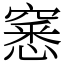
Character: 窸